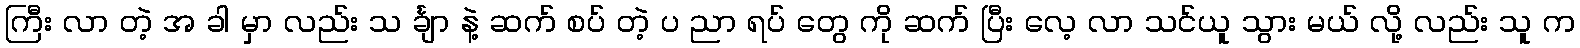
ကြီး လာ တဲ့ အ ခါ မှာ လည်း သ င်္ချာ နဲ့ ဆက် စပ် တဲ့ ပ ညာ ရပ် တွေ ကို ဆက် ပြီး လေ့ လာ သင်ယူ သွား မယ် လို့ လည်း သူ က